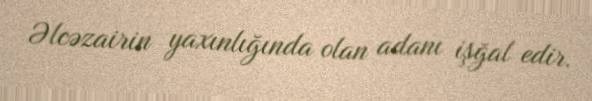
Əlcəzairin yaxınlığında olan adanı işğal edir.